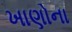
ખાણોના